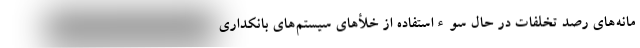
مانه‌های رصد تخلفات در حال سوءاستفاده از خلأهای سیستم‌های بانکداری